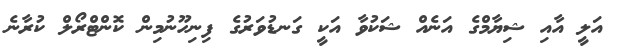
އަލީ އާއި ޝިޔާމްގެ އަނެއް ޝަކުވާ އަކީ ގަނޑުވަރުގެ ފިނިހޫނުމިން ކޮންޓްރޯލް ކުރާނެ